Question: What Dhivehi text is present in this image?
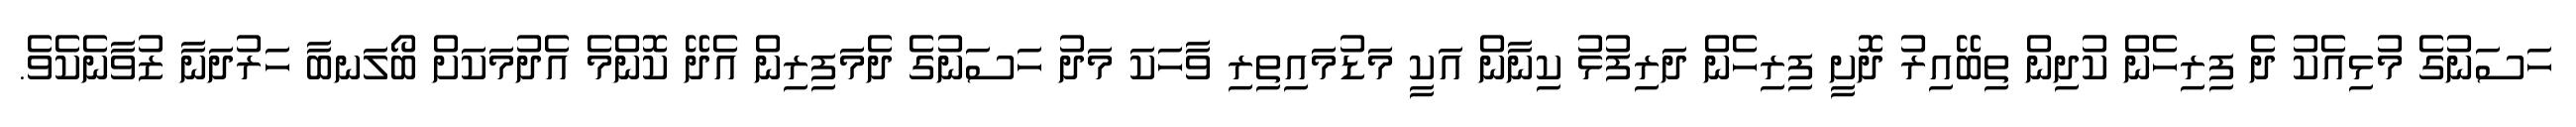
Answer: ހަސަނުގެ މުޅިއެކު ދެ ފިރިހެން ކުދިން ތިބޭއިރު ދޮށީ ފިރިހެން ދަރިފުޅު ކިނާން އަކީ މަޑުމައިތިރި ވާހަކަ މަދު ހަސަނުގެ ދެމަފިރިން އެދޭ ކޮންމެ އެދުމަކަށް ބޯލަނބާ ހަރުދަނާ ޒުވާނެކެވެ.